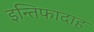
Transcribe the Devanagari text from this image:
इन्तिफादाह